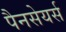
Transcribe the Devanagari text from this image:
पैनसेयर्स